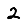
Digit: 2